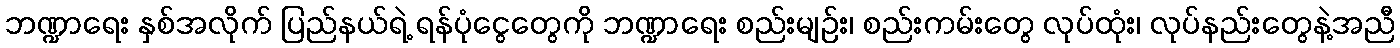
ဘဏ္ဍာရေး နှစ်အလိုက် ပြည်နယ်ရဲ့ ရန်ပုံငွေတွေကို ဘဏ္ဍာရေး စည်းမျဉ်း၊ စည်းကမ်းတွေ လုပ်ထုံး၊ လုပ်နည်းတွေနဲ့အညီ